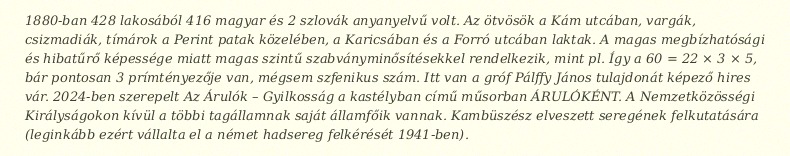
1880-ban 428 lakosából 416 magyar és 2 szlovák anyanyelvű volt. Az ötvösök a Kám utcában, vargák, csizmadiák, tímárok a Perint patak közelében, a Karicsában és a Forró utcában laktak. A magas megbízhatósági és hibatűrő képessége miatt magas szintű szabványminősítésekkel rendelkezik, mint pl. Így a 60 = 22 × 3 × 5, bár pontosan 3 prímtényezője van, mégsem szfenikus szám. Itt van a gróf Pálffy János tulajdonát képező hires vár. 2024-ben szerepelt Az Árulók – Gyilkosság a kastélyban című műsorban ÁRULÓKÉNT. A Nemzetközösségi Királyságokon kívül a többi tagállamnak saját államfőik vannak. Kambüszész elveszett seregének felkutatására (leginkább ezért vállalta el a német hadsereg felkérését 1941-ben).